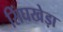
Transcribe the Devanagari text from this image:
सिंघखेड़ा